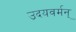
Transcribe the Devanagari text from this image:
उदयवर्मन्